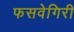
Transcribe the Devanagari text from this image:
फसवेगिरी